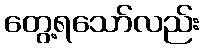
တွေ့ရသော်လည်း